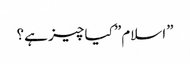
”اسلام” کیا چیز ہے؟